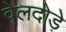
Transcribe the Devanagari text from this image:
वेलदोड़े